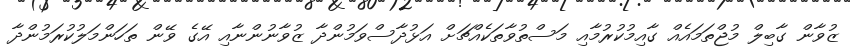
ޒުވާން ގާބިލް މުޖްތަމައެއް ގާއިމުކުރުމާއި މަސްތުވާތަކެއްޗަށް އަޅުދާސްވަމުންދާ ޒުވާނުންނާއި އޭގެ ވޭން ތަހަންމަލުކުރަމުންދާ